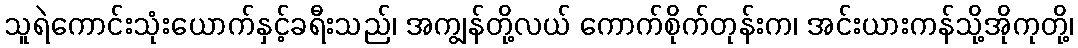
သူရဲကောင်းသုံးယောက်နှင့်ခရီးသည်၊ အကျွန်တို့လယ် ကောက်စိုက်တုန်းက၊ အင်းယားကန်သို့အိုကုတို့၊